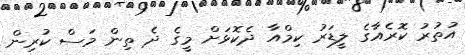
އުތުރު ކޮރެއާގެ ލީޑަރު ކިމްއާ ދެކޮޅަށް މީގެ ދެ ތިން މަސް ކުރިން